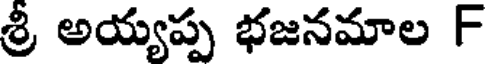
శ్రీ అయ్యప్ప భజనమాల F